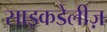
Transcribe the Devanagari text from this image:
साइकडेलीज़